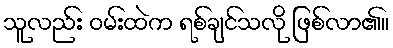
သူလည်း ဝမ်းထဲက ရစ်ချင်သလို ဖြစ်လာ၏။